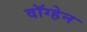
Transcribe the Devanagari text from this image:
वाॅग्हेन